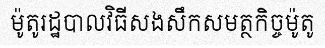
ម៉ូតូរដ្ឋបាលវិធីសងសឹកសមត្ថកិច្ចម៉ូតូ